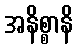
အနိစ္စာနိ